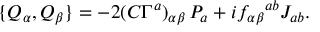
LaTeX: \{ Q _ { \alpha } , Q _ { \beta } \} = - 2 ( C \Gamma ^ { a } ) _ { \alpha \beta } \, P _ { a } + i f _ { \alpha \beta } { } ^ { a b } J _ { a b } .